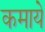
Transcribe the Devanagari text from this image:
कमायें